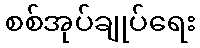
စစ်အုပ်ချုပ်ရေး